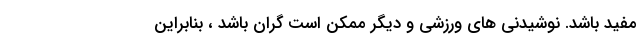
مفید باشد. نوشیدنی های ورزشی و دیگر ممکن است گران باشد ، بنابراین